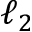
\ell _ { 2 }